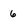
Character: 6